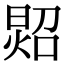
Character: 㷖